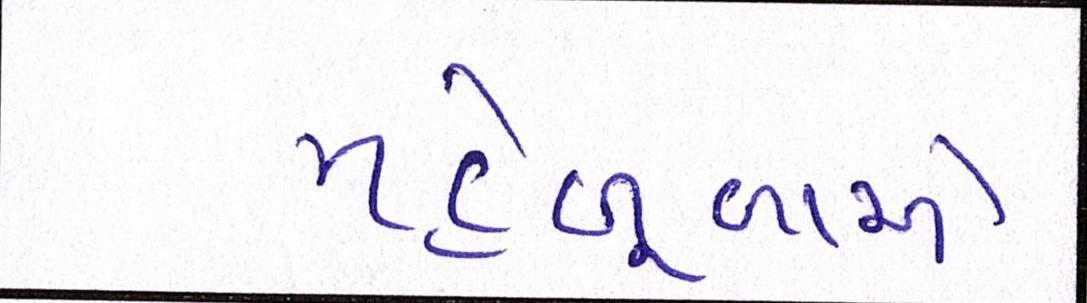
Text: મહેબૂબાએ